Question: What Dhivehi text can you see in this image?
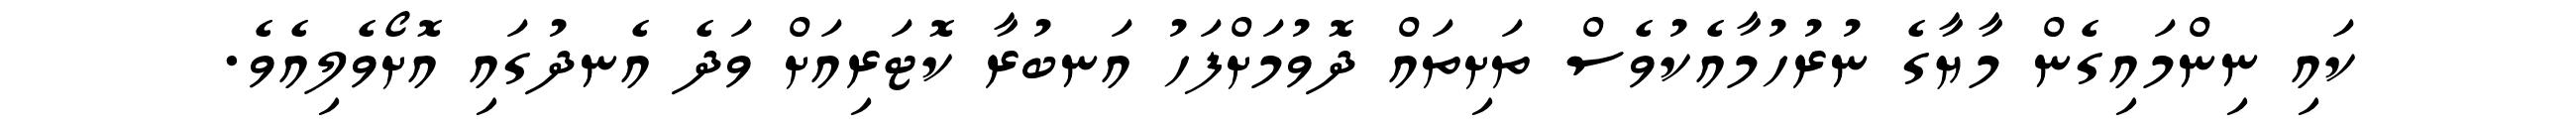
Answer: ކައި ނިންމައިގެން މާޔާގެ ނުރުހުމާއެކުވެސް ތަށިތައް ދޮވުމަށްފަހު އަނބުރާ ކޮޓަރިއަށް ވަދެ އެނދުގައި އޮށޯވެލިއެވެ.